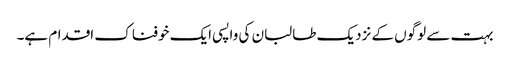
بہت سے لوگوں کے نزدیک طالبان کی واپسی ایک خوفناک اقدام ہے۔